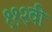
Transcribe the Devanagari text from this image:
११२वी